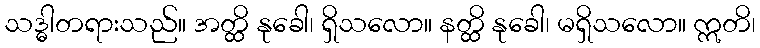
သဒ္ဓါတရားသည်။ အတ္ထိ နုခေါ၊ ရှိသလော။ နတ္ထိ နုခေါ၊ မရှိသလော။ ဣတိ၊